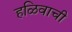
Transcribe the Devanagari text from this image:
हळिवाची